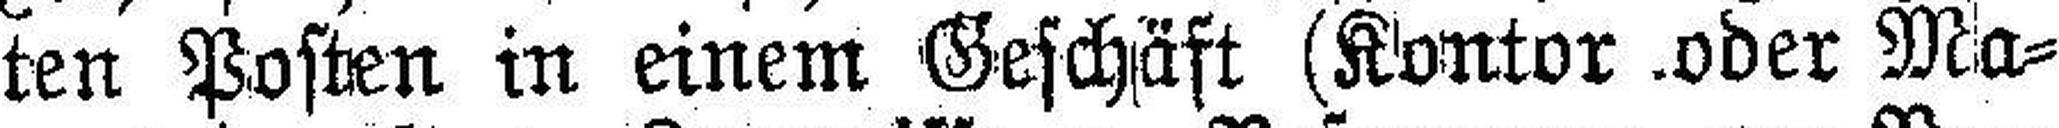
ten Posten in einem Geschäft (Kontor oder Ma¬